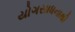
યોગસાધનાથી